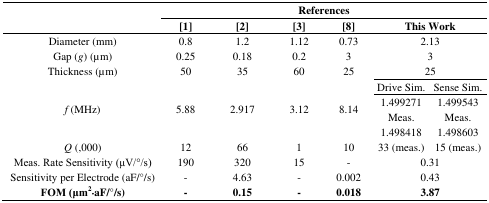
<table><thead><tr><td rowspan="3"></td><td colspan="6"><b>References</b></td></tr><tr><td><b>[1]</b></td><td><b>[2]</b></td><td><b>[3]</b></td><td><b>[8]</b></td><td colspan="2"><b>This Work</b></td></tr></thead><tbody><tr><td>Diameter (mm)</td><td>0.8</td><td>1.2</td><td>1.12</td><td>0.73</td><td colspan="2">2.13</td></tr><tr><td>Gap (<i>g</i>) (μm)</td><td>0.25</td><td>0.18</td><td>0.2</td><td>3</td><td colspan="2">3</td></tr><tr><td>Thickness (μm)</td><td>50</td><td>35</td><td>60</td><td>25</td><td colspan="2">25</td></tr><tr><td colspan="5"></td><td>Drive Sim.</td><td>Sense Sim.</td></tr><tr><td><i>f</i> (MHz)</td><td>5.88</td><td>2.917</td><td>3.12</td><td>8.14</td><td>1.499271 Meas.</td><td>1.499543 Meas.</td></tr><tr><td colspan="5"></td><td>1.498418</td><td>1.498603</td></tr><tr><td><i>Q</i> (,000)</td><td>12</td><td>66</td><td>1</td><td>10</td><td>33 (meas.)</td><td>15 (meas.)</td></tr><tr><td>Meas. Rate Sensitivity (μV/°/s)</td><td>190</td><td>320</td><td>15</td><td>-</td><td colspan="2">0.31</td></tr><tr><td>Sensitivity per Electrode (aF/°/s)</td><td>-</td><td>4.63</td><td>-</td><td>0.002</td><td colspan="2">0.43</td></tr><tr><td><b>FOM (μm<sup>2</sup>×aF/°/s)</b></td><td><b>-</b></td><td><b>0.15</b></td><td><b>-</b></td><td><b>0.018</b></td><td colspan="2"><b>3.87</b></td></tr></tbody></table>